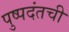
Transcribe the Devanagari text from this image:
पुष्पदंतची